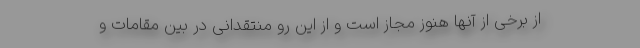
از برخی از آنها هنوز مجاز است و از این رو منتقدانی در بین مقامات و